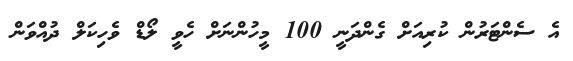
އެ ސެންޓަރުން ކުރިއަށް ގެންދަނީ 100 މީހުންނަށް ހެވީ ލޯޑް ވެހިކަލް ދުއްވަން